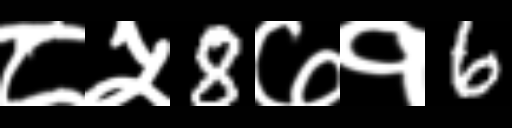
Text: ८५8७१6